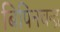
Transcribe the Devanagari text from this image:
बिपिनचन्द्र